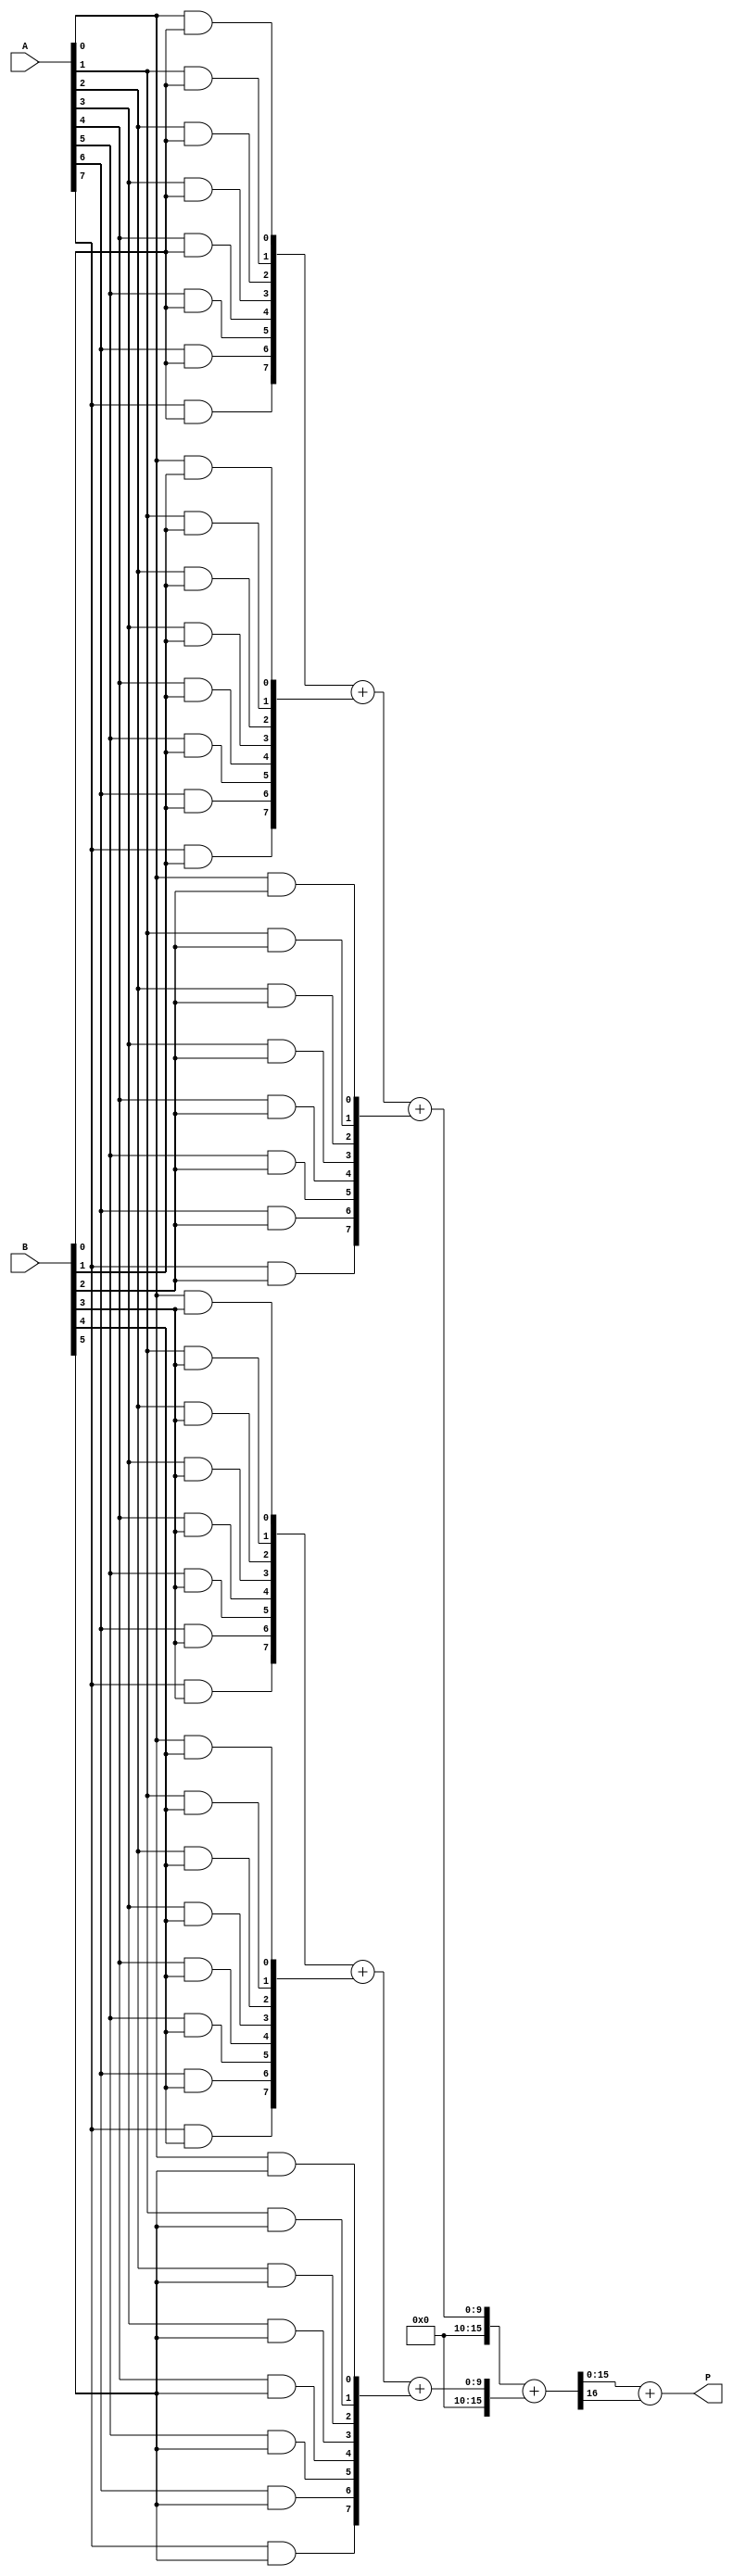
module wallace_tree_multiplier #(parameter N = 8, M = 8) (
    input  wire [N-1:0] A,  // First operand
    input  wire [M-1:0] B,  // Second operand
    output wire [N+M-1:0] P // Product output
);

    // Partial product generation
    wire [N-1:0] pp [0:M-1]; // Partial products array
    genvar i, j;
    generate
        for (i = 0; i < M; i = i + 1) begin: pp_gen
            for (j = 0; j < N; j = j + 1) begin: pp_row
                assign pp[i][j] = A[j] & B[i]; // AND operation for partial products
            end
        end
    endgenerate

    // Wallace tree reduction
    wire [N+M-1:0] sum [0:N+M-1]; // Sum wires for reduction
    wire [N+M-1:0] carry [0:N+M-1]; // Carry wires for reduction

    // Stage 1: Grouping and reduction
    generate
        for (i = 0; i < M; i = i + 1) begin: reduction_stage
            if (i % 3 == 0) begin
                // Full adder for three inputs
                assign {carry[i/3], sum[i/3]} = pp[i] + pp[i+1] + pp[i+2];
            end
        end
    endgenerate

    // Final addition stage
    wire [N+M-1:0] final_sum;
    wire [N+M-1:0] final_carry;

    // Using a simple adder for final stage
    assign {final_carry, final_sum} = sum[0] + sum[1];

    // Output assignment
    assign P = final_sum + final_carry;

endmodule